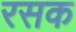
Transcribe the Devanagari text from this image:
रसक